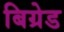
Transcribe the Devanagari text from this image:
बिग्रेड